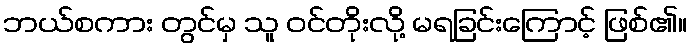
ဘယ်စကား တွင်မှ သူ ဝင်တိုးလို့ မရခြင်းကြောင့် ဖြစ်၏။